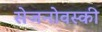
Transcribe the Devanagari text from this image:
सेजनोवस्की